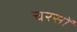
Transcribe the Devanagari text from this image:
चरसों